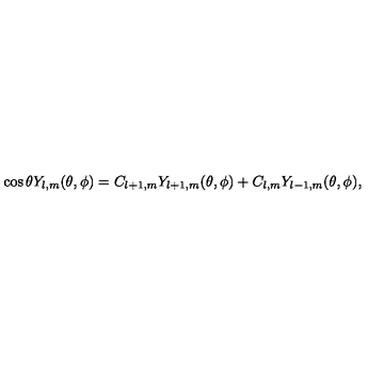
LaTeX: \cos { \theta } Y _ { l , m } ( \theta , \phi ) = C _ { l + 1 , m } Y _ { l + 1 , m } ( \theta , \phi ) + C _ { l , m } Y _ { l - 1 , m } ( \theta , \phi ) ,